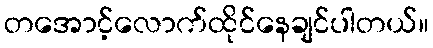
တအောင့်လောက်ထိုင်နေချင်ပါတယ်။